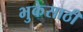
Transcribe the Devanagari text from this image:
भुकेसाठी